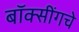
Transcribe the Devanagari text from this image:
बॉक्सींगचे